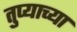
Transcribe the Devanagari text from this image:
तुप्याच्या